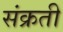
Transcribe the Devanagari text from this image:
संक्रती